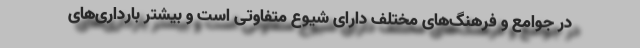
در جوامع و فرهنگ‌های مختلف دارای شیوع متفاوتی است و بیشتر بارداری‌های